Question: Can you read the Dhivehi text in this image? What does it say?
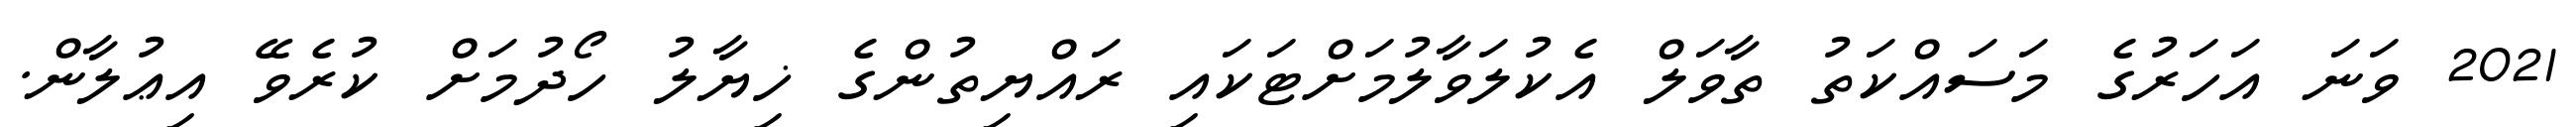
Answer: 2021 ވަނަ އަހަރުގެ މަސައްކަތު ތާވަލް އެކުލަވާލުމަށްޓަކައި ރައްޔިތުންގެ ޚިޔާލު ހޯދުމަށް ކުރެވޭ އިޢުލާން.